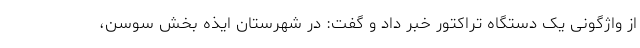
از واژگونی یک دستگاه تراکتور خبر داد و گفت: در شهرستان ایذه بخش سوسن،